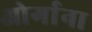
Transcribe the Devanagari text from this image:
ओर्गाना